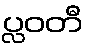
ပ္လဝတီ